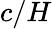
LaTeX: c/H